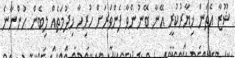
ޝޫޒާ އެތަން ޚިޔާރުކުރީ އޭނާ ބޭނުންވާ ފެންވަރަށް ހުރިހާ ޚިދުމަތެއް ލިބެން ހުންނާނެ